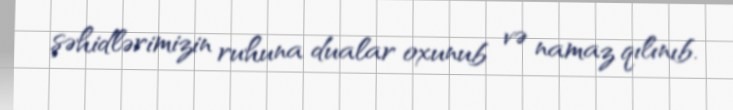
şəhidlərimizin ruhuna dualar oxunub və namaz qılınıb.